Report on vaccination in Madras 1877-1894 - 1877-1894
Year: 1877
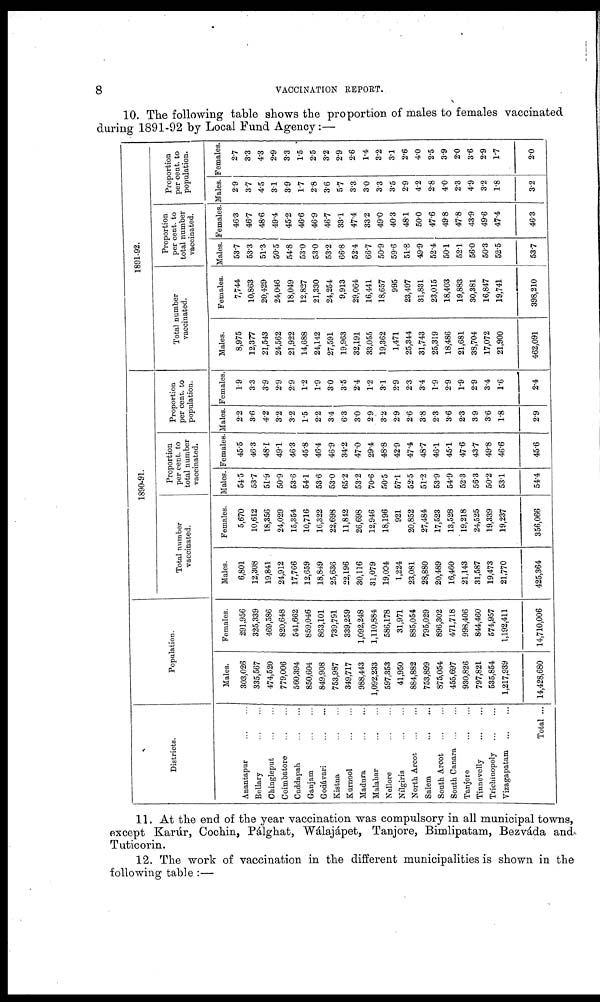
8
VACCINATION REPORT.
10. The following table shows the proportion of males to females vaccinated
during 1891-92 by Local Fund Agency:—
Districts.
Anantapur
...
...
Bellary
...
...
Chingleput
...
...
Coimbatore
...
...
Cuddapah
...
...
Ganjam
...
...
Godávari
...
...
Kistna
...
...
Kurnool
...
...
Madura
...
...
Malabar
...
...
Nellore
...
...
Nílgiris
...
...
North Arcot
...
...
Salem
...
...
South Arcot
...
...
South Canara
...
...
Tanjore
...
...
Tinnevelly
...
...
Trichinopoly
...
...
Vizagapatam
...
...
Total ...
Population.
Males.
303,026
335,567
474,520
779,006
560,394
850,604
849,908
753,987
349,717
988,443
1,092,233
597,353
41,950
884,882
753,899
875,054
455,697
930,826
797,821
535,854
1,217,939
14,428,680
Females.
291,956
325,339
469,586
820,648
541,662
859,046
863,101
739,791
339,259
1,092,248
1,110,884
586,178
31,971
885,054
795,029
896,302
471,718
998,406
844,460
574,957
1,192,411
14,710,006
1890-91.
Total number
vaccinated.
Males.
6,801
12,308
19,841
24,912
17,766
12,659
18,849
25,636
22,196
30,116
31,079
19,094
1,224
23,081
28,880
20,489
16,460
21,143
31,587
19,473
21,770
425,364
Females.
5,670
10,612
18,356
24,029
15,354
10,716
16,322
22,698
11,842
26,698
12,946
18,196
921
20,852
27,484
17,523
13,528
19,218
24,525
19,339
19,237
356,066
Proportion
per cent. to
total number
vaccinated.
Males.
54.5
53.7
51.9
50.9
53.6
54.1
53.6
53.0
65.2
53.2
70.6
50.5
57.1
52.5
51.2
53.9
54.9
52.3
56.3
50.2
53.1
54.4
Females.
45.5
46.3
48.1
49.1
46.3
45.8
46.4
46.9
34.2
47.0
29.4
48.8
42.9
47.4
48.7
46.1
45.1
47.6
43.7
49.8
46.6
45.6
Proportion
per cent. to
population.
Males.
2.2
3.6
4.2
3.2
3.2
1.5
2.2
3.4
6.3
3.0
2.9
3.2
2.9
2.6
3.8
2.3
3.6
2.3
3.9
3.6
1.8
2.9
Females.
1.9
3.3
3.9
2.9
2.9
1.2
1.9
3.0
3.5
2.4
1.2
3.1
2.9
2.3
3.4
1.9
2.9
1.9
2.9
3.4
1.6
2.4
1891-92.
Total number
vaccinated.
Males.
8,975
12,377
21,543
24,562
21,922
14,688
24,142
27,591
19,963
32,191
33,055
19,362
1,471
25,344
31,743
25,319
18,486
21,681
38,704
17,072
21,900
462,091
Females.
7,744
10,863
20,429
24,046
18,049
12,827
21,330
24,254
9,913
29,064
16,441
18,657
995
23,497
31,831
23,015
18,403
19,883
30,381
16,847
19,741
398,210
Proportion
per cent. to
total number
vaccinated.
Males.
53.7
53.3
51.3
50.5
54.8
53.0
53.0
53.2
66.8
52.4
66.7
50.9
59.6
51.8
49.9
52.4
50.1
52.1
56.0
50.3
52.5
53.7
Females.
46.3
46.7
48.6
49.4
45.2
46.6
46.9
46.7
33.1
47.4
33.2
49.0
40.3
48.1
50.0
47.6
49.8
47.8
43.9
49.6
47.4
46.3
Proportion
per cent. to
population.
Males.
2.9
3.7
4.5
3.1
3.9
1.7
2.8
3.6
5.7
3.3
3.0
3.3
3.5
2.9
4.2
2.8
4.0
2.3
4.9
3.2
1.8
3.2
Females.
2.7
3.3
4.3
2.9
3.3
1.5
2.5
3.2
2.9
2.6
1.4
32
3.1
2.6
4.0
2.5
3.9
2.0
3.6
2.9
17
2.0
11. At the end of the year vaccination was compulsory in all municipal towns,
except Karúr, Cochin, Pálghat, Wálajápet, Tanjore, Bimlipatam, Bezváda and
Tuticorin.
12. The work of vaccination in the different municipalities is shown in the
following table :—